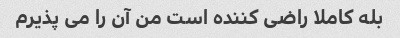
بله کاملا راضی کننده است من آن را می پذیرم